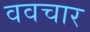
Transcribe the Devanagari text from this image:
ववचार